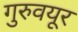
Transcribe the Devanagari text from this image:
गुरुवयूर